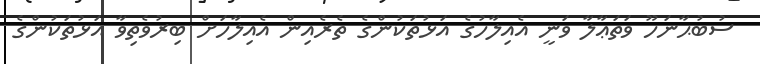
ސުބުޙާނަހޫ ވަތަޢާލާ ވަނީ އެއިލާހުގެ އަޅުތަކުންގެ ތެރެއިން އެއިލާހަށް ބިރުވެތިވާ އަޅުތަކުންގެ